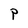
Character: P